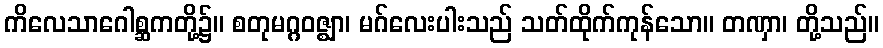
ကိလေသာဂေါစ္ဆကတို့၌။ စတုမဂ္ဂဝဇ္ဈာ၊ မဂ်လေးပါးသည် သတ်ထိုက်ကုန်သော။ တဏှာ၊ တို့သည်။